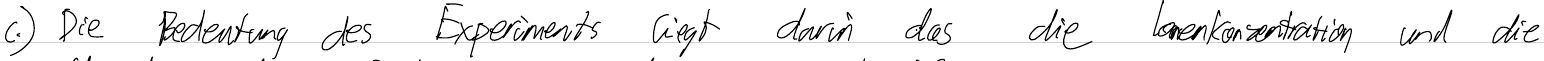
c.) Die Bedeutung des Experiments liegt darin das die Ionenkonzentration und die